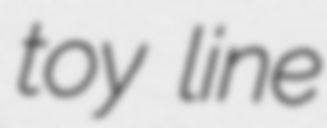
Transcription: toy line